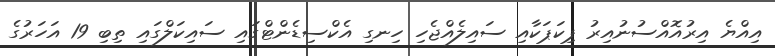
އިއްޔެ އިރުއޮއްސުނުއިރު ޕިކަޕަކާއި ސައިލެއްޖެހި ހިނގި އެކްސިޑެންޓްގައި ސައިކަލްގައި ތިބި 19 އަހަރުގެ